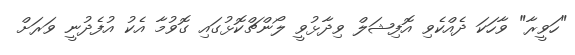
"ހަވީރާ" ވާހަކަ ދެއްކެވި އޮފިޝަލް ވިދާޅުވީ ލޯންޗްކޮޅުގައި ގޮވުމާ އެކު އުފެދުނީ ވަރަށް